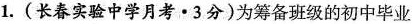
1.(长春实验中学月考·3分)为筹备班级的初中毕业